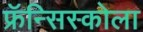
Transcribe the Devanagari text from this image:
फ्रॅन्सिस्कोला